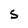
Character: S